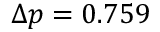
\Delta p = 0 . 7 5 9